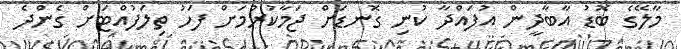
މާލޭގެ ބޮޑު އާބާދީން އުފައްދާ ކުނި ގޮނޑަށް ޖަމާކުރުމަށް ފަހު ތިލަފުއްޓަށް ގެންދެ